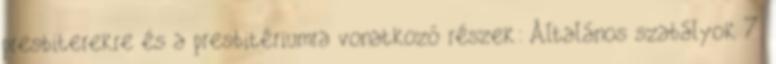
presbiterekre és a presbitériumra vonatkozó részek: Általános szabályok 7.